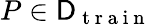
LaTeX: P\in\mathsf{D}_{\mathrm{~t~r~a~i~n~}}